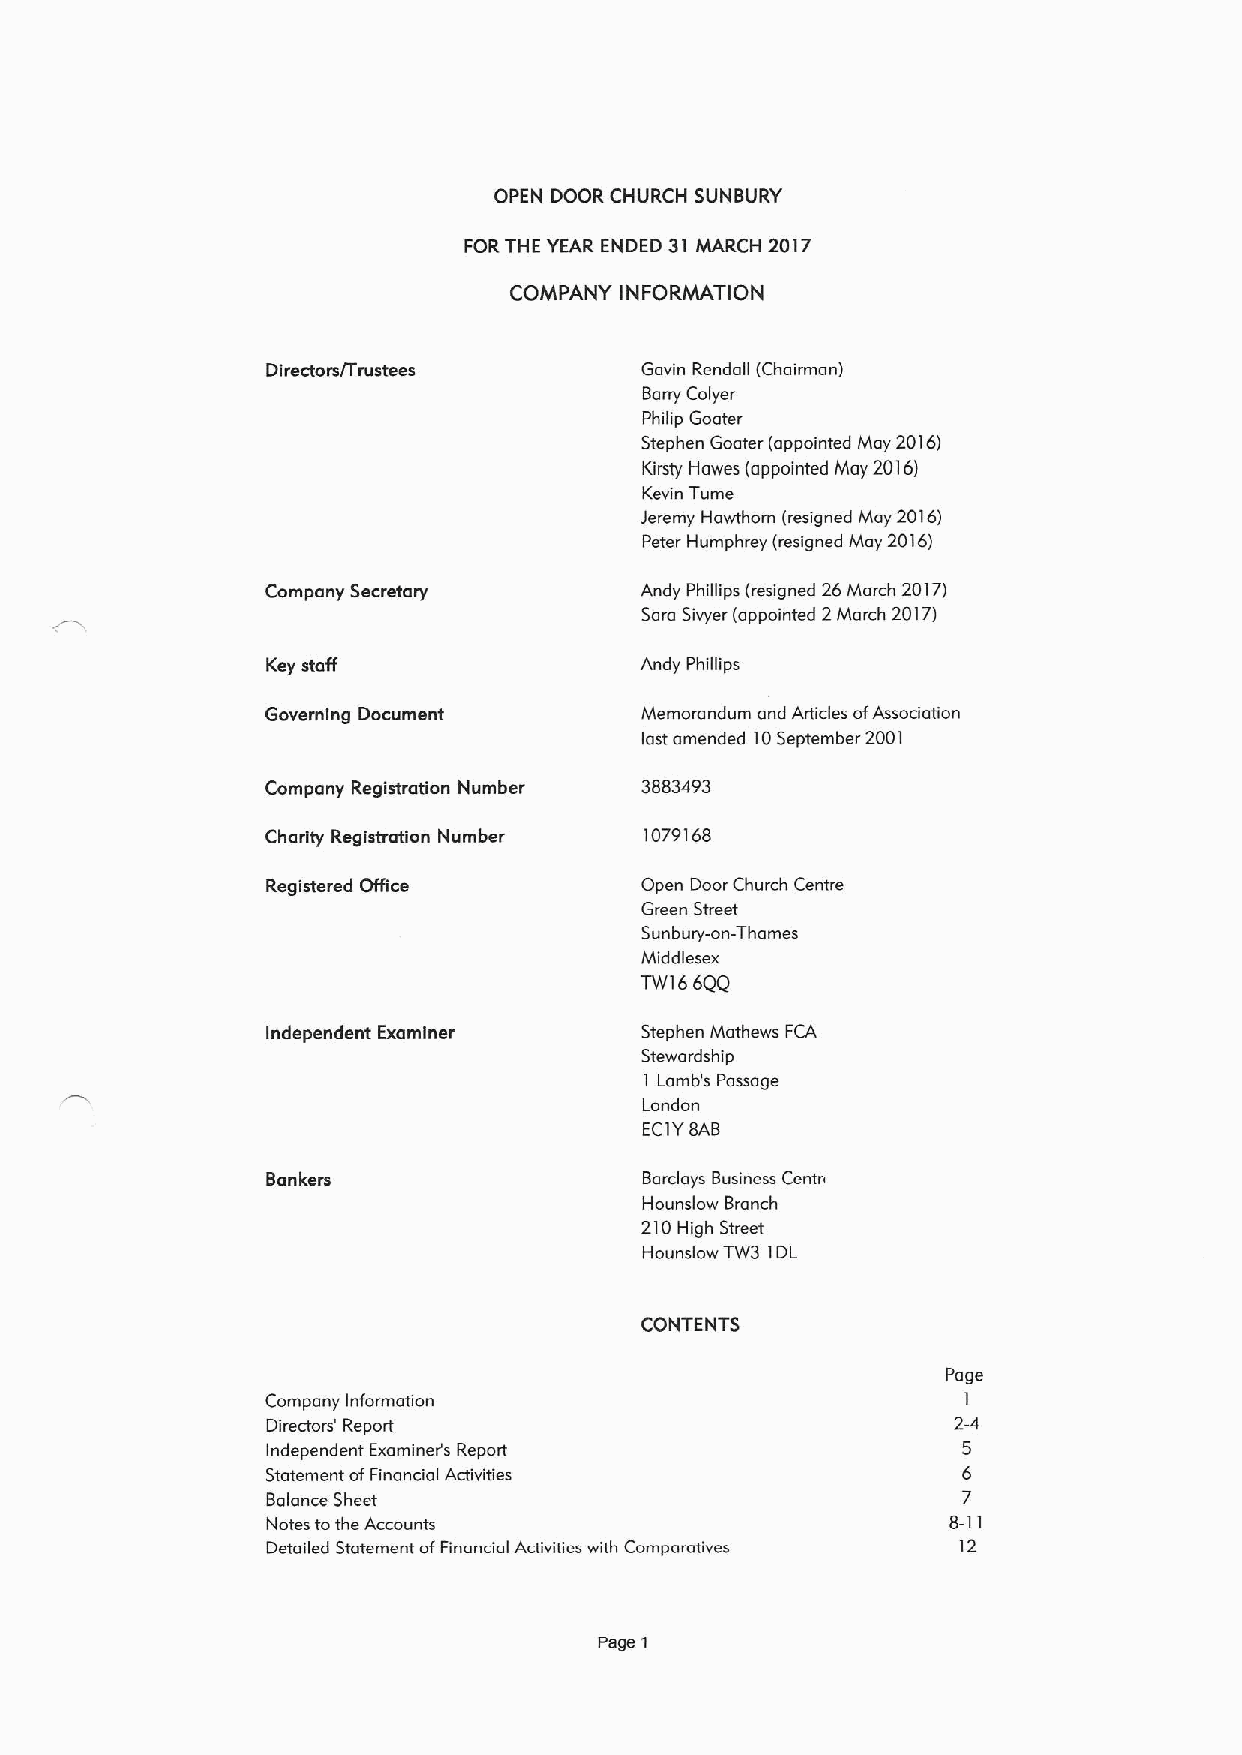
OPEN DOOR CHURCH SUNBURY
 FORTHE YEAR ENDED 31 MARCH 2017
 COMPANY INFORMATION
 Dlrectom/Trustees       Gavin Rendall (Chairman)
 Barry Colyer
 Philip Goater
 Stephen Goater (appointed May 2016)
 Kirsty Hawes (appointed May 2016)
 Kevin Tume
 Jeremy Hawthorn (resigned May 2016)
 Peter Humphrey (resigned May 2016)
 Company Secretary       Andy Phillips (resigned 26March 2017)
 Sara Sivyer (appointed 2March 2017)
 Key staff               Andy Phillips
 Governing Document      Memorandum and Articles ofAssociation
 last amended 10September 2001
 Company Registration Number 3883493
 Charity Registration Number 1079168
 Registered Office       Open Door Church Centre
 Green Street
 Sunbury-on-Thames
 Middlesex
 TW166QQ
 Independent Examiner    Stephen Mathews FCA
 Stewardship
 I Lamb's Passage
 Landon
 ECIYBAB
 Bankers                  Barclays Business Centn
 Hounslow Branch
 210High Street
 Hounslow TW3 IDL
 CONTENTS
 Page
 Company Information                           I
 Directors' Report                            2-4
 Independent Examiner's Report                 5
 Statement ofFinancial Activities              6
 Balance Sheet                                 7
 Notes tothe Accounts                         8-11
 Detailed Statement ofFinancial Activities with Comparatives 12
 Page 1